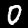
Digit: 0